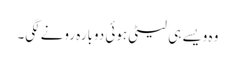
وہ ویسے ہی لیٹی ہوئی دوبارہ رونے لگی۔